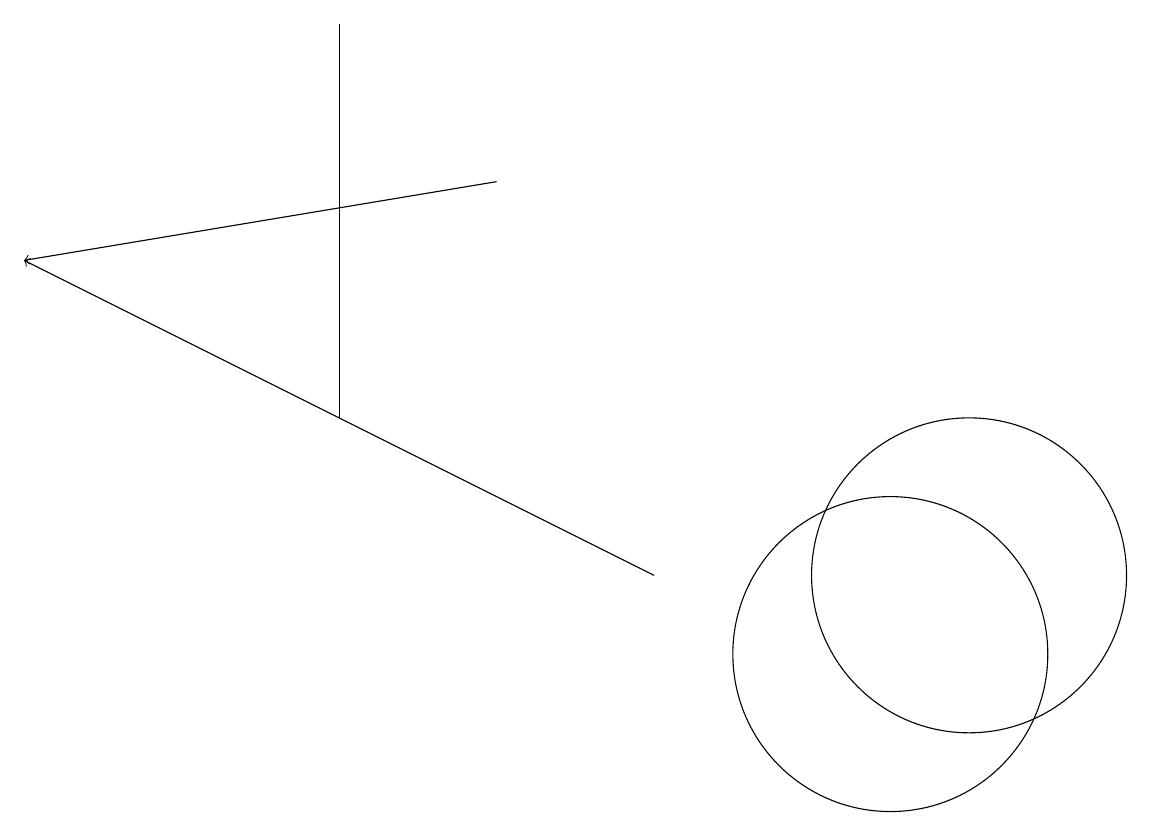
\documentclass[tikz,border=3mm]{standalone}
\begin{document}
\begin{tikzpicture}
\draw (4,13) rectangle (4,18);
\draw[->] (8,11) -- (0,15);
\draw (12,11) circle (2);
\draw (11,10) circle (2);
\draw[->] (6,16) -- (0,15);
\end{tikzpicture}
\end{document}